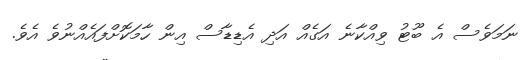
ނަމަވެސް އެ ބޫޓު ވިއްކާނެ އަގެއް އަދި އެޑިޑާސް އިން ހާމަކޮށްފައެއްނުވެ އެވެ.